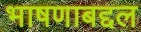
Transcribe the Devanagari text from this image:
भाषणाबद्दल